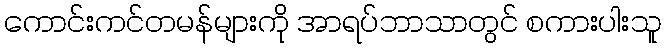
ကောင်းကင်တမန်များကို အာရပ်ဘာသာတွင် စကားပါးသူ